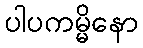
ပါပကမ္မိနော